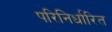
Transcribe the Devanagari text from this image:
परिनिर्धारित